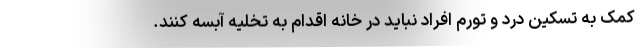
کمک به تسکین درد و تورم افراد نباید در خانه اقدام به تخلیه آبسه کنند.